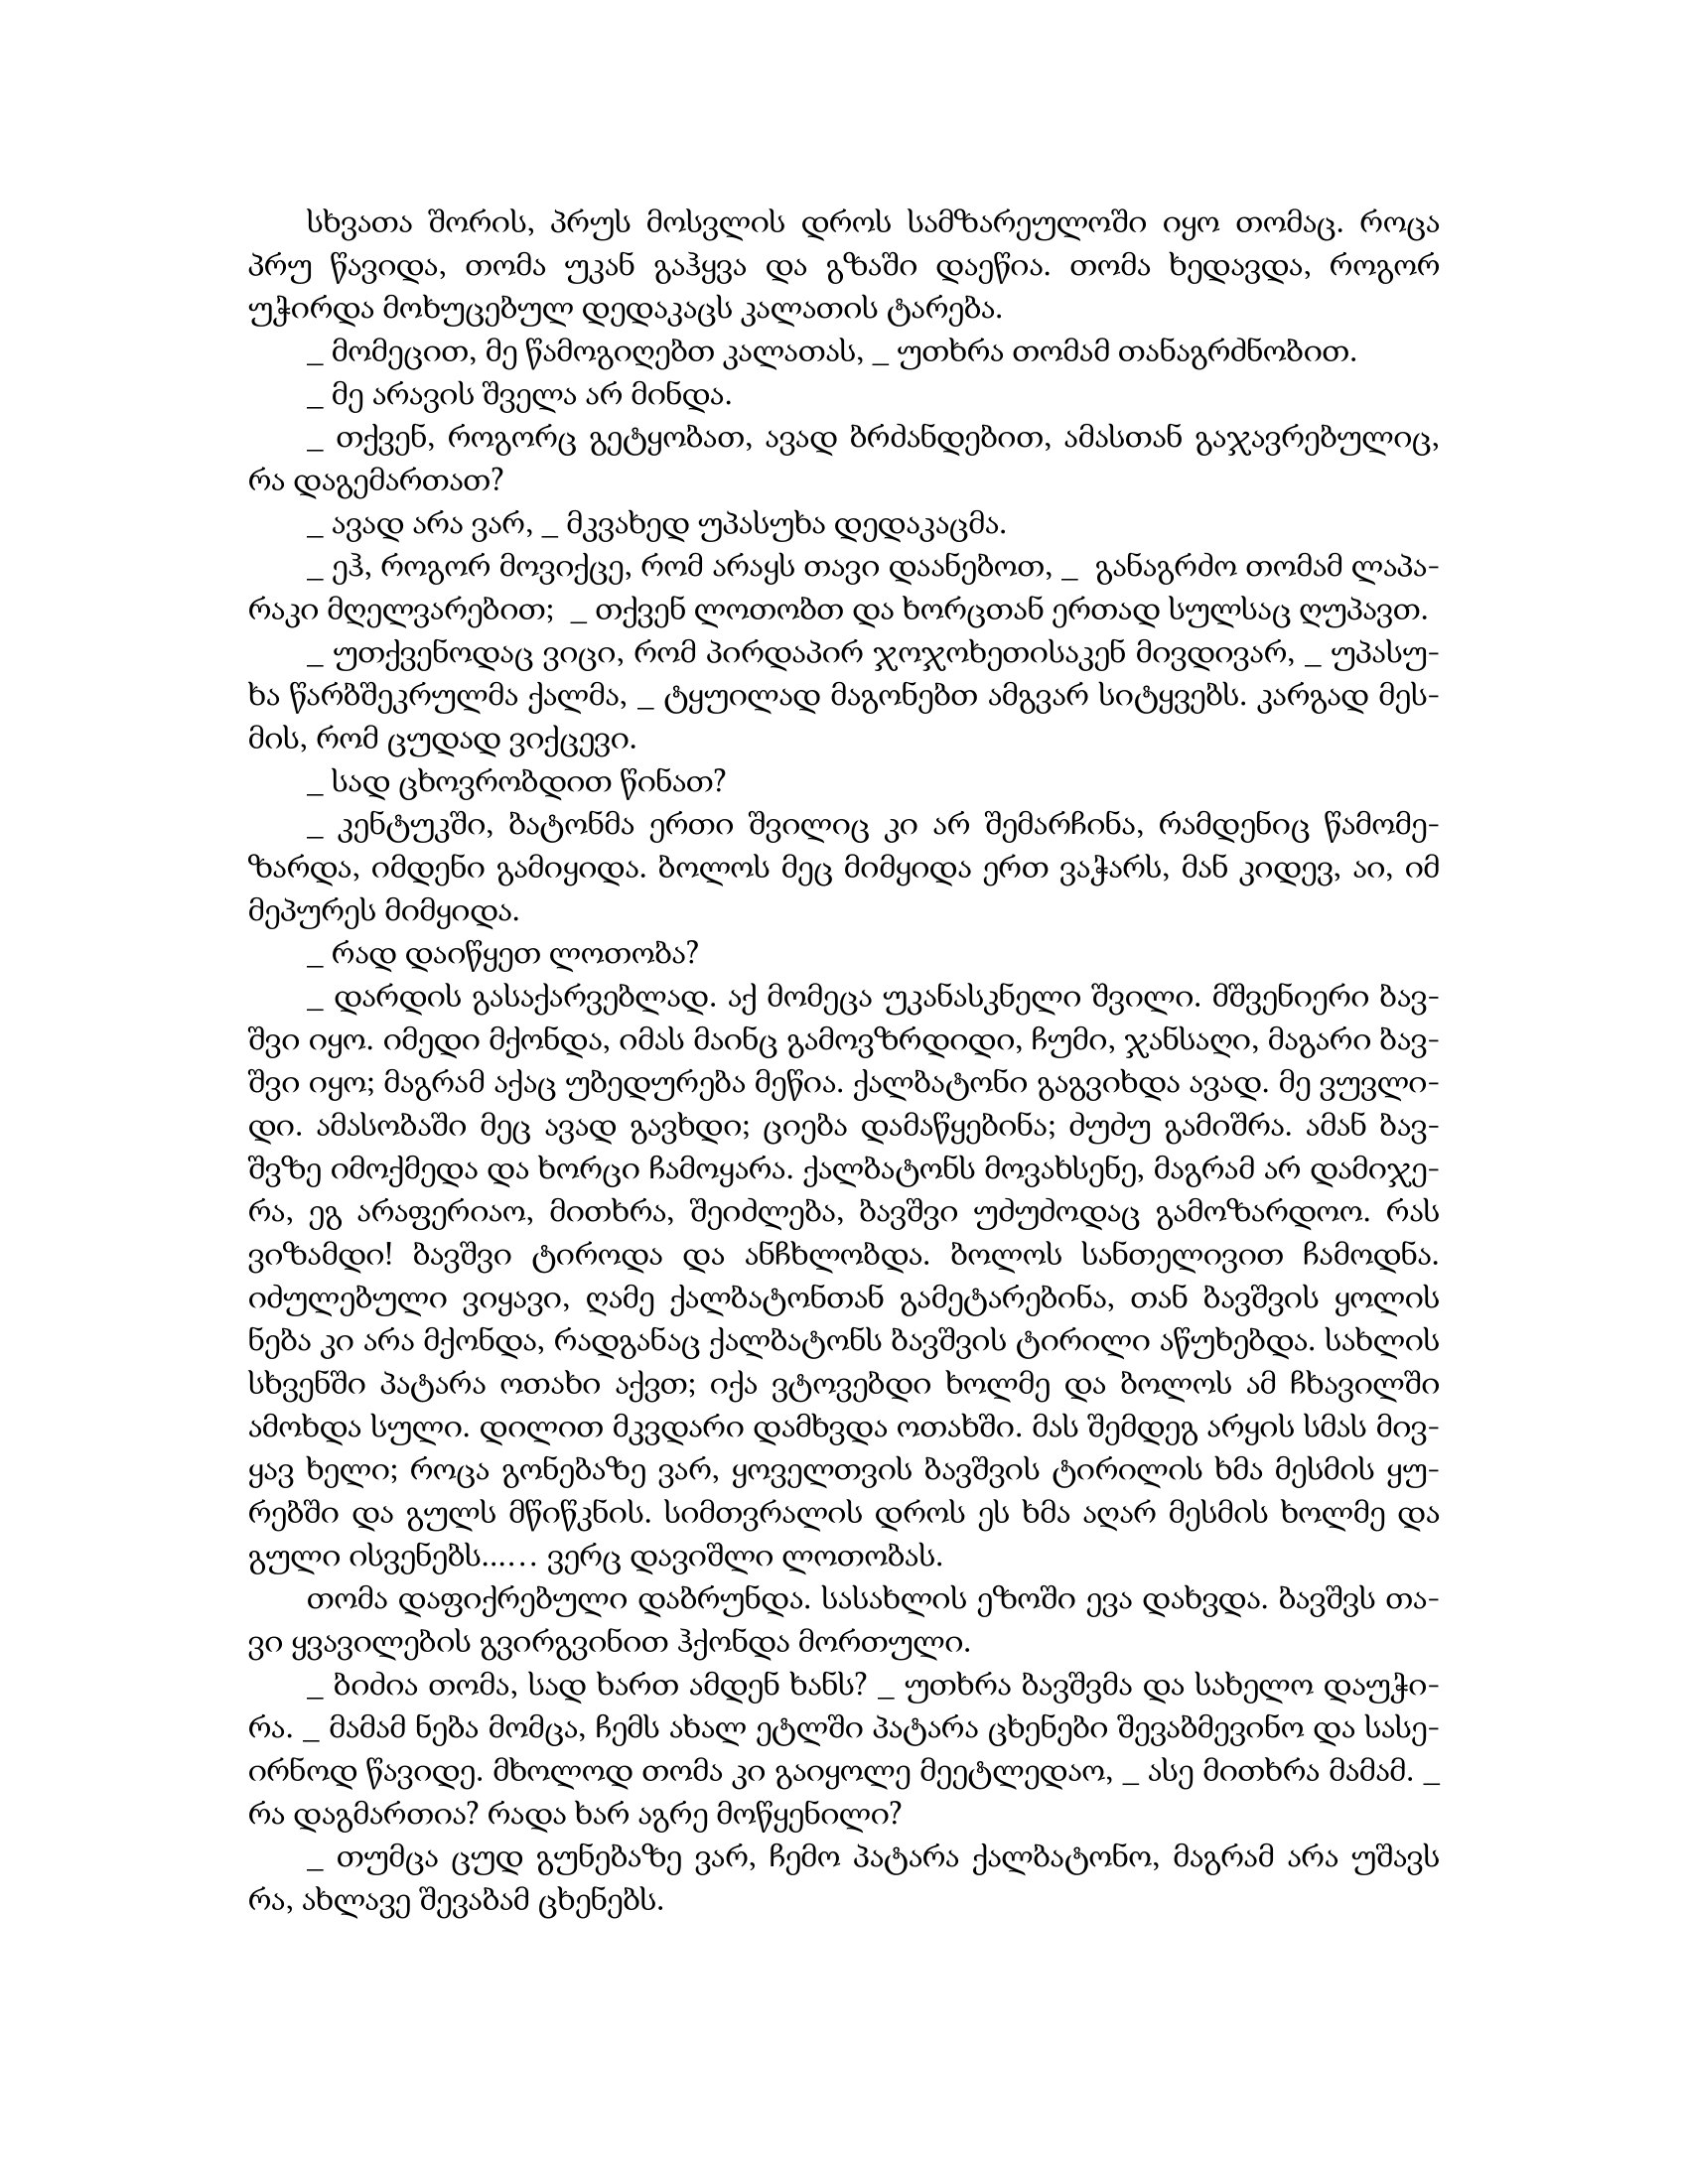
Language: gr